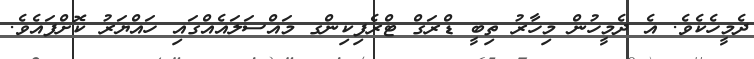
ދެމީހެކެވެ. އެ ދެމީހުން މިހާރު ތިބީ ޑްރަގް ޓްރެފިކިންގ މައްސަލައެއްގައި ހައްޔަރު ކޮށްފައެވެެ.